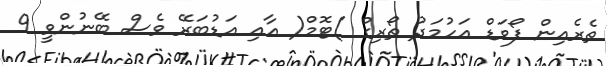
ތެރެއިން ފޯވަޑް އަހުމަދު ތޯރިގް )ޓޮމް( އާއި އަޑުބަރޭ ވެސް ބޭނުންވީ 9